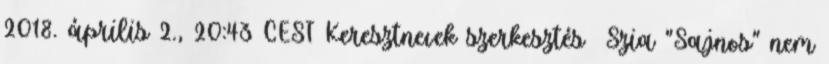
2018. április 2., 20:43 CEST Keresztnevek szerkesztés Szia "Sajnos" nem